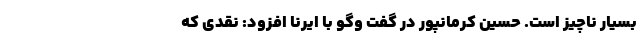
بسیار ناچیز است. حسین کرمانپور در گفت وگو با ایرنا افزود: نقدی که